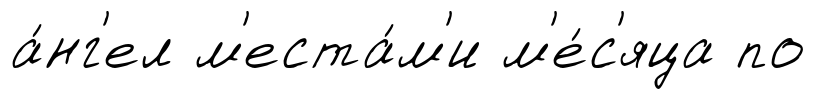
а́нг'ел м'еста́м'и м'е́с'яца по